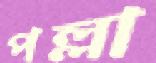
পল্লা